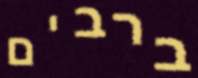
ברבים